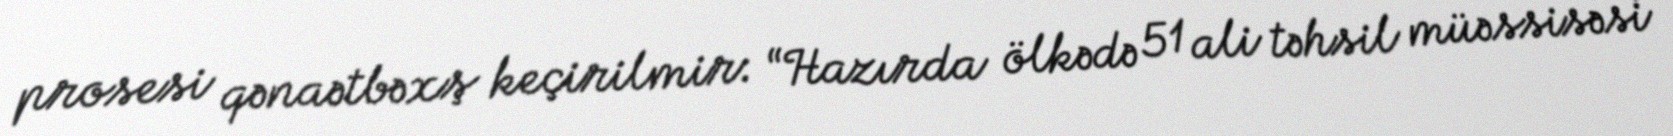
prosesi qənaətbəxş keçirilmir: “Hazırda ölkədə 51 ali təhsil müəssisəsi